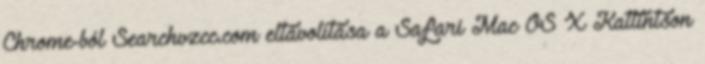
Chrome-ból Searchvzcc.com eltávolítása a Safari Mac OS X Kattintson